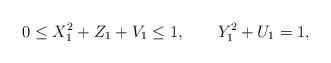
LaTeX: \begin{align*}0 \leq X_1^2 + Z_1 + V_1 \leq 1,\qquad Y_1^2+U_1=1,\end{align*}